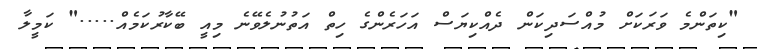
"ކިތަންމެ ވަރަކަށް މުއްސަދިކަން ދެއްކިޔަސް އަހަރެންގެ ހިތް އަތުނުލެވޭނެ މިއީ ބޭކާރުކަމެއް....." ކަމީލާ